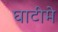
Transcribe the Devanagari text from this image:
घाटीमे